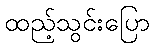
ထည့်သွင်းပြော